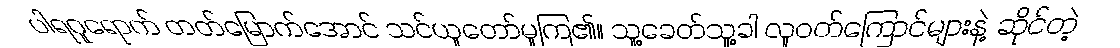
ပါရဂူရောက် တတ်မြောက်အောင် သင်ယူတော်မူကြ၏။ သူ့ခေတ်သူ့ခါ လူဝတ်ကြောင်များနဲ့ ဆိုင်တဲ့